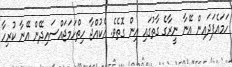
ހަމައެފަދައިން އޭނާ ނީރާގެ ގާތުގައި އިން ގޮތެވެ. އެކުއްޖާ ހިތްހަމަޖައްސައިދޭން އޭނާ ކުރިހާ